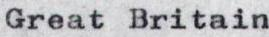
Great Britain